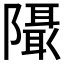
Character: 𱀹